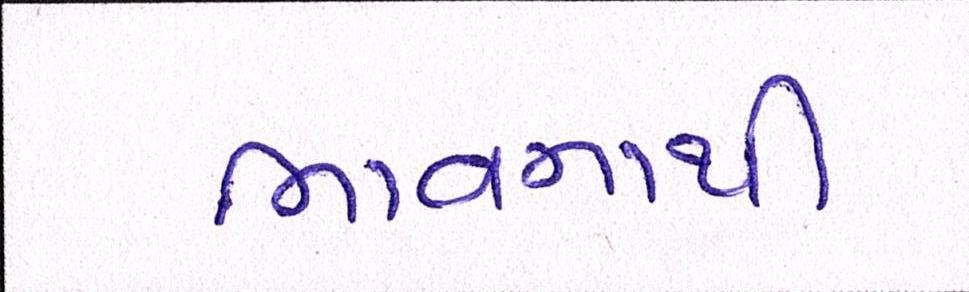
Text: ભાવનાથી